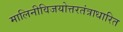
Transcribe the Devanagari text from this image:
मालिनीविजयोत्तरतंत्राधारित